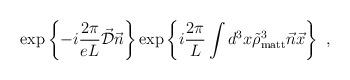
LaTeX: \begin{align*}\hspace{5.0cm}\exp \left\{ -i \frac{2\pi}{eL} \vec{\cal D} \vec{n} \right\}\exp \left\{ i \frac{2\pi}{L} \int d^3 x \tilde{\rho}^3_{\rm matt}\vec{n}\vec{x} \right\} \ ,\end{align*}